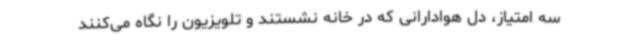
سه امتیاز، دل هوادارانی که در خانه نشستند و تلویزیون را نگاه می‌کنند